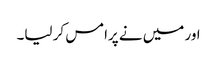
اور میں نے پرامس کر لیا۔